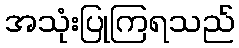
အသုံးပြုကြရသည်